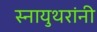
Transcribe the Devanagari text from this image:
स्नायुथरांनी